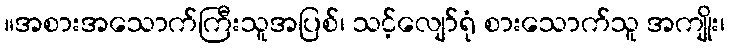
။အစားအသောက်ကြီးသူအပြစ်၊ သင့်လျော်ရုံ စားသောက်သူ အကျိုး၊